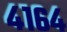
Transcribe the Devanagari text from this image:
४१६४